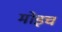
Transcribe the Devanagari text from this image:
मोइच